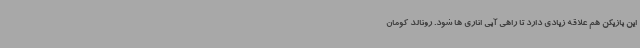
این بازیکن هم علاقه زیادی دارد تا راهی آبی اناری ها شود. رونالد کومان